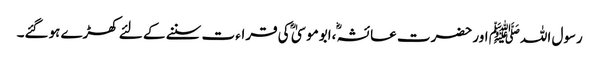
رسول اللہﷺ اور حضرت عائشہؓ ،ابوموسیٰ ؓ کی قراء ت سننے کے لئے کھڑے ہوگئے۔